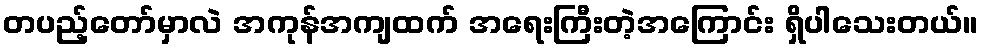
တပည့်တော်မှာလဲ အကုန်အကျထက် အရေးကြီးတဲ့အကြောင်း ရှိပါသေးတယ်။